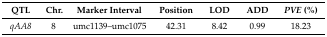
<table><thead><tr><td><b>QTL</b></td><td><b>Chr.</b></td><td><b>Marker Interval</b></td><td><b>Position</b></td><td><b>LOD</b></td><td><b>ADD</b></td><td><b><i>PVE</i> (%)</b></td></tr></thead><tbody><tr><td><i>qAA8</i></td><td>8</td><td>umc1139–umc1075</td><td>42.31</td><td>8.42</td><td>0.99</td><td>18.23</td></tr></tbody></table>